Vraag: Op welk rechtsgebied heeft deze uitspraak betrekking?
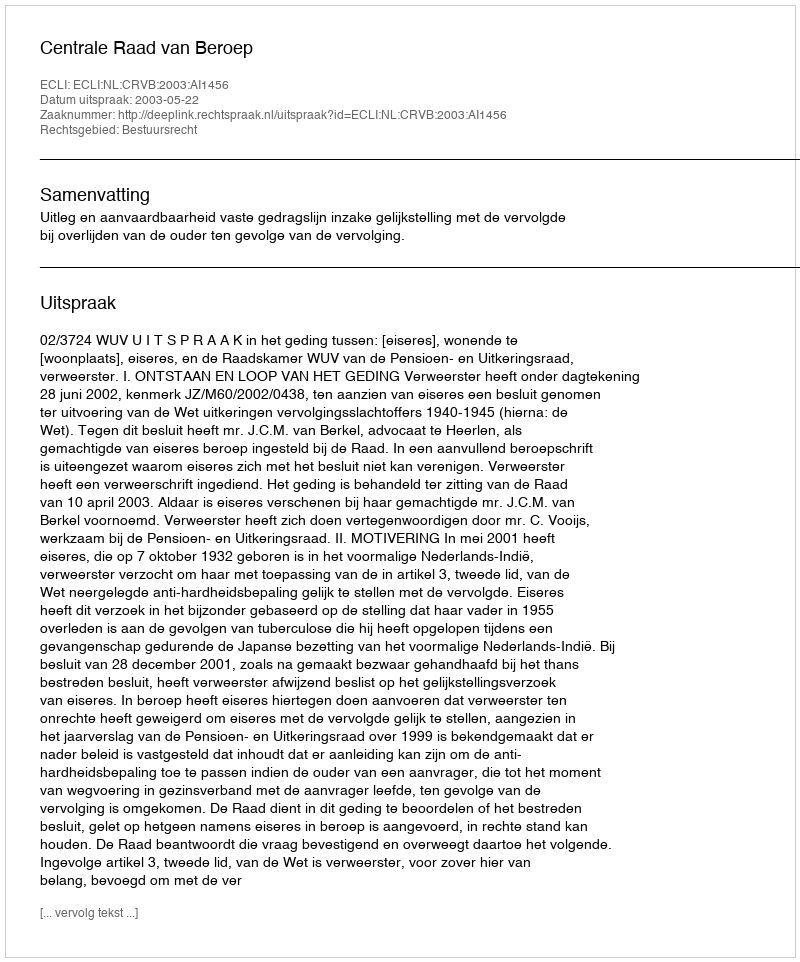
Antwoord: Bestuursrecht